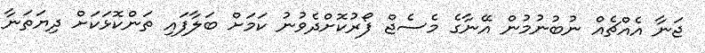
ޖަނާ އެއްޗެއް ނުބުނުމުން އޭނާގެ މެސެޖް ފޯރުކޮށްދެވުނު ކަމަށް ބަލާފައި ތަންކޮޅަކަށް ދިޔަތަނާ